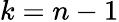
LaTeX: k=n-1